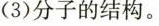
(3)分子的结构。